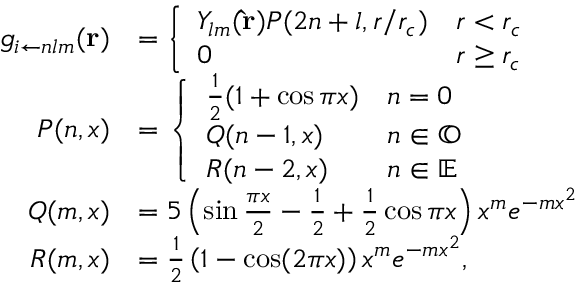
\begin{array} { r l } { g _ { i \leftarrow n l m } ( \mathbf { r } ) } & { = \left\{ \begin{array} { l l } { Y _ { l m } ( \mathbf { \hat { r } } ) P ( 2 n + l , r / r _ { c } ) } & { r < r _ { c } } \\ { 0 } & { r \ge r _ { c } } \end{array} \right. } \\ { P ( n , x ) } & { = \left\{ \begin{array} { l l } { \frac { 1 } { 2 } ( 1 + \cos \pi x ) } & { n = 0 } \\ { Q ( n - 1 , x ) } & { n \in \mathbb { O } } \\ { R ( n - 2 , x ) } & { n \in \mathbb { E } } \end{array} \right. } \\ { Q ( m , x ) } & { = 5 \left( \sin \frac { \pi x } { 2 } - \frac { 1 } { 2 } + \frac { 1 } { 2 } \cos \pi x \right) x ^ { m } e ^ { - m x ^ { 2 } } } \\ { R ( m , x ) } & { = \frac { 1 } { 2 } \left( 1 - \cos ( 2 \pi x ) \right) x ^ { m } e ^ { - m x ^ { 2 } } , } \end{array}